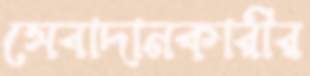
সেবাদানকারীর